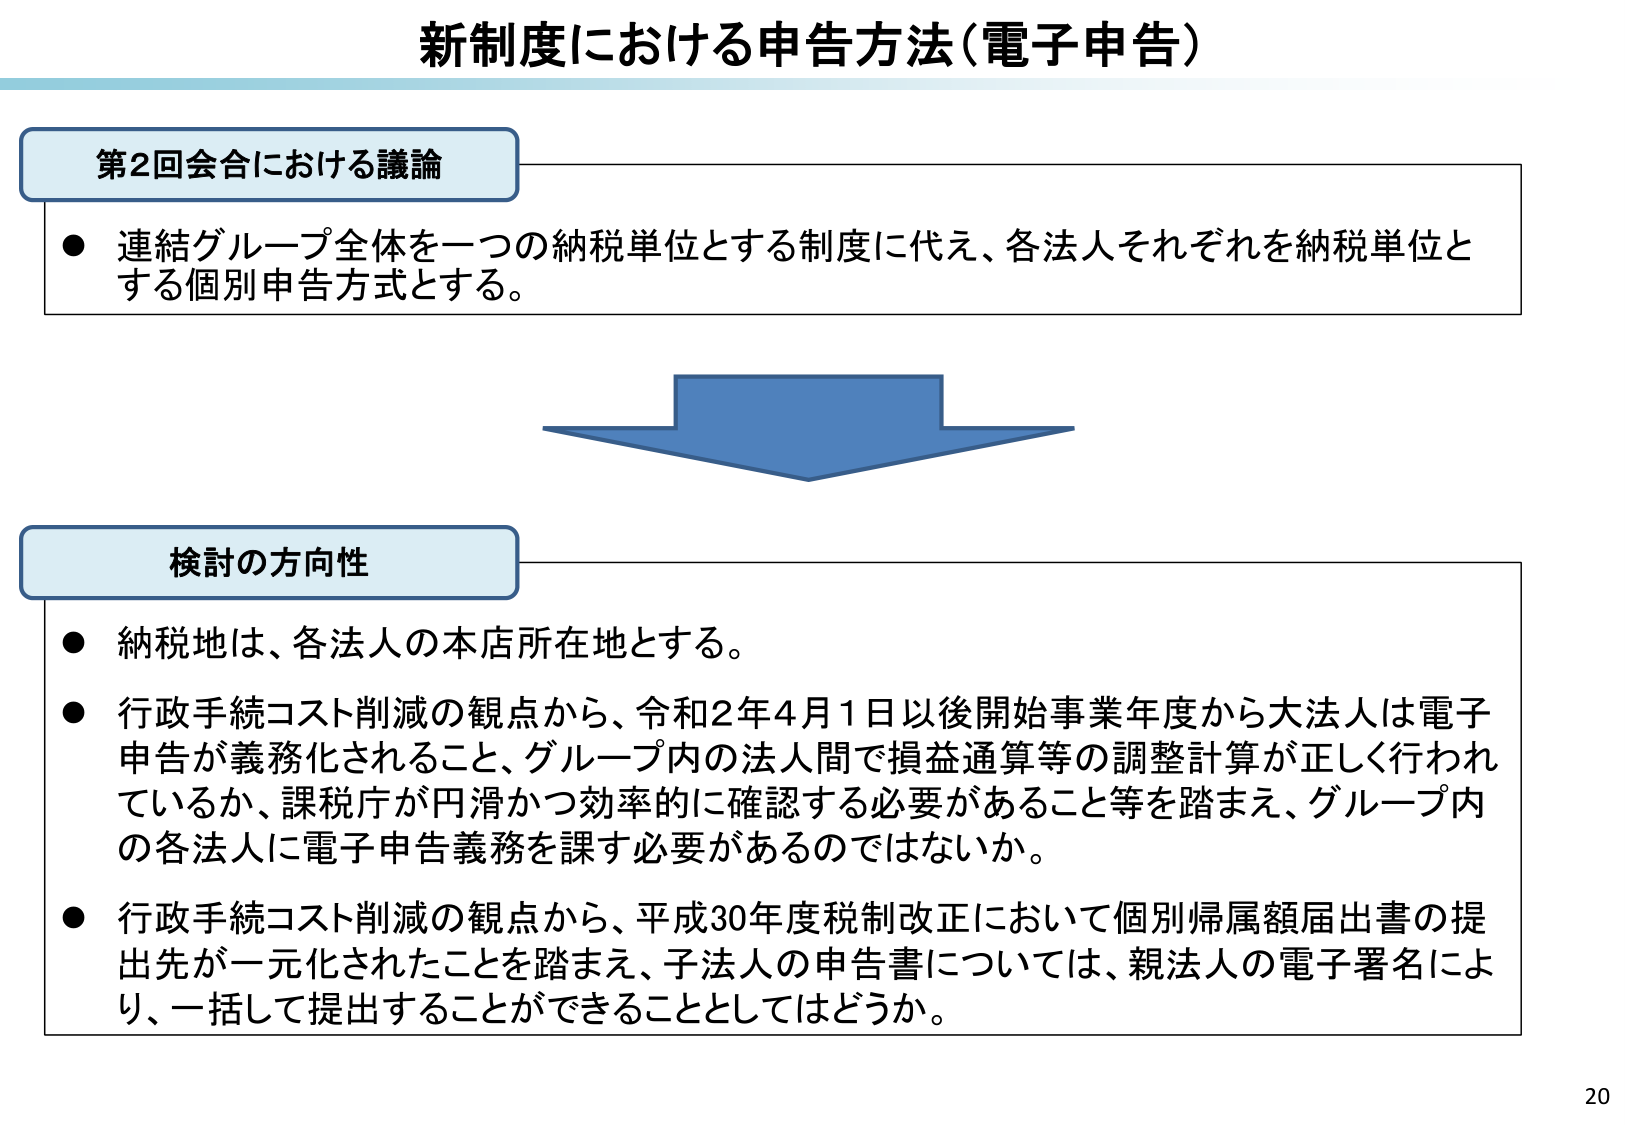
新制度における申告方法（電子申告）

第2回会合における議論
● 連結グループ全体を一つの納税単位とする制度に代え、各法人それぞれを納税単位とする個別申告方式とする。

検討の方向性
● 納税地は、各法人の本店所在地とする。
● 行政手続コスト削減の観点から、令和2年4月1日以後開始事業年度から大法人は電子申告が義務化されること、グループ内の法人間で損益通算等の調整計算が正しく行われているか、課税庁が円滑かつ効率的に確認する必要があること等を踏まえ、グループ内の各法人に電子申告義務を課す必要があるのではないか。
● 行政手続コスト削減の観点から、平成30年度税制改正において個別帰属額届出書の提出先が一元化されたことを踏まえ、子法人の申告書については、親法人の電子署名により、一括して提出することができることとしてはどうか。

20